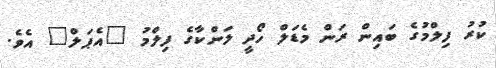
ކުރު ފިލްމުގެ ބައިން ރަން މެޑަލް ހޯދީ ލަންކާގެ ފިލްމު "އެޕަލް" އެވެ.